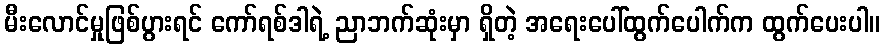
မီးလောင်မှုဖြစ်ပွားရင် ကော်ရစ်ဒါရဲ့ ညာဘက်ဆုံးမှာ ရှိတဲ့ အရေးပေါ်ထွက်ပေါက်က ထွက်ပေးပါ။